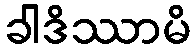
ခါဒိဿာမိ